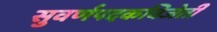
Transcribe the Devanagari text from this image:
सुवर्णपदकविजेती